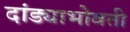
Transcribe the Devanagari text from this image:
दांड्याभोवती